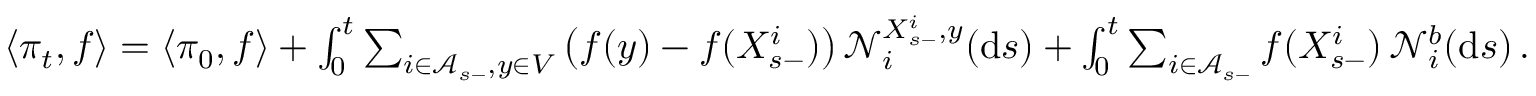
\begin{array} { r } { \langle \pi _ { t } , f \rangle = \langle \pi _ { 0 } , f \rangle + \int _ { 0 } ^ { t } \sum _ { i \in \mathcal A _ { s - } , y \in V } \big ( f ( y ) - f ( X _ { s - } ^ { i } ) \big ) \, \mathcal N _ { i } ^ { X _ { s - } ^ { i } , y } ( \mathrm { d } s ) + \int _ { 0 } ^ { t } \sum _ { i \in \mathcal A _ { s - } } f ( X _ { s - } ^ { i } ) \, \mathcal N _ { i } ^ { b } ( \mathrm { d } s ) \, . } \end{array}